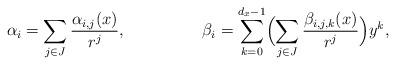
LaTeX: \begin{align*}\alpha_i &= \sum_{j \in J} \frac{\alpha_{i,j}(x)}{r^j},&\beta_i &= \sum_{k=0}^{d_x-1} \Bigl( \sum_{j \in J} \frac{\beta_{i,j,k}(x)}{r^j} \Bigr) y^k,\end{align*}